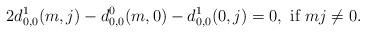
LaTeX: \begin{align*}2d^1_{0,0}(m,j)-d^0_{0,0}(m,0)-d^1_{0,0}(0,j)=0,\mbox{ if }mj\ne 0.\end{align*}